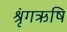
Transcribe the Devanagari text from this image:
श्रृंगऋषि